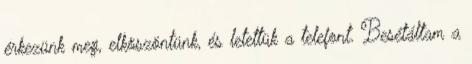
érkezünk meg, elköszöntünk, és letettük a telefont. Besétáltam a